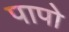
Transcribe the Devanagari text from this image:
पापो